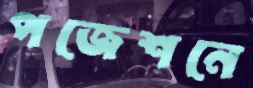
পজেশনে